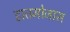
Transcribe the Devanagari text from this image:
हातमोजास